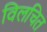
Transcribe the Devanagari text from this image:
विलचित